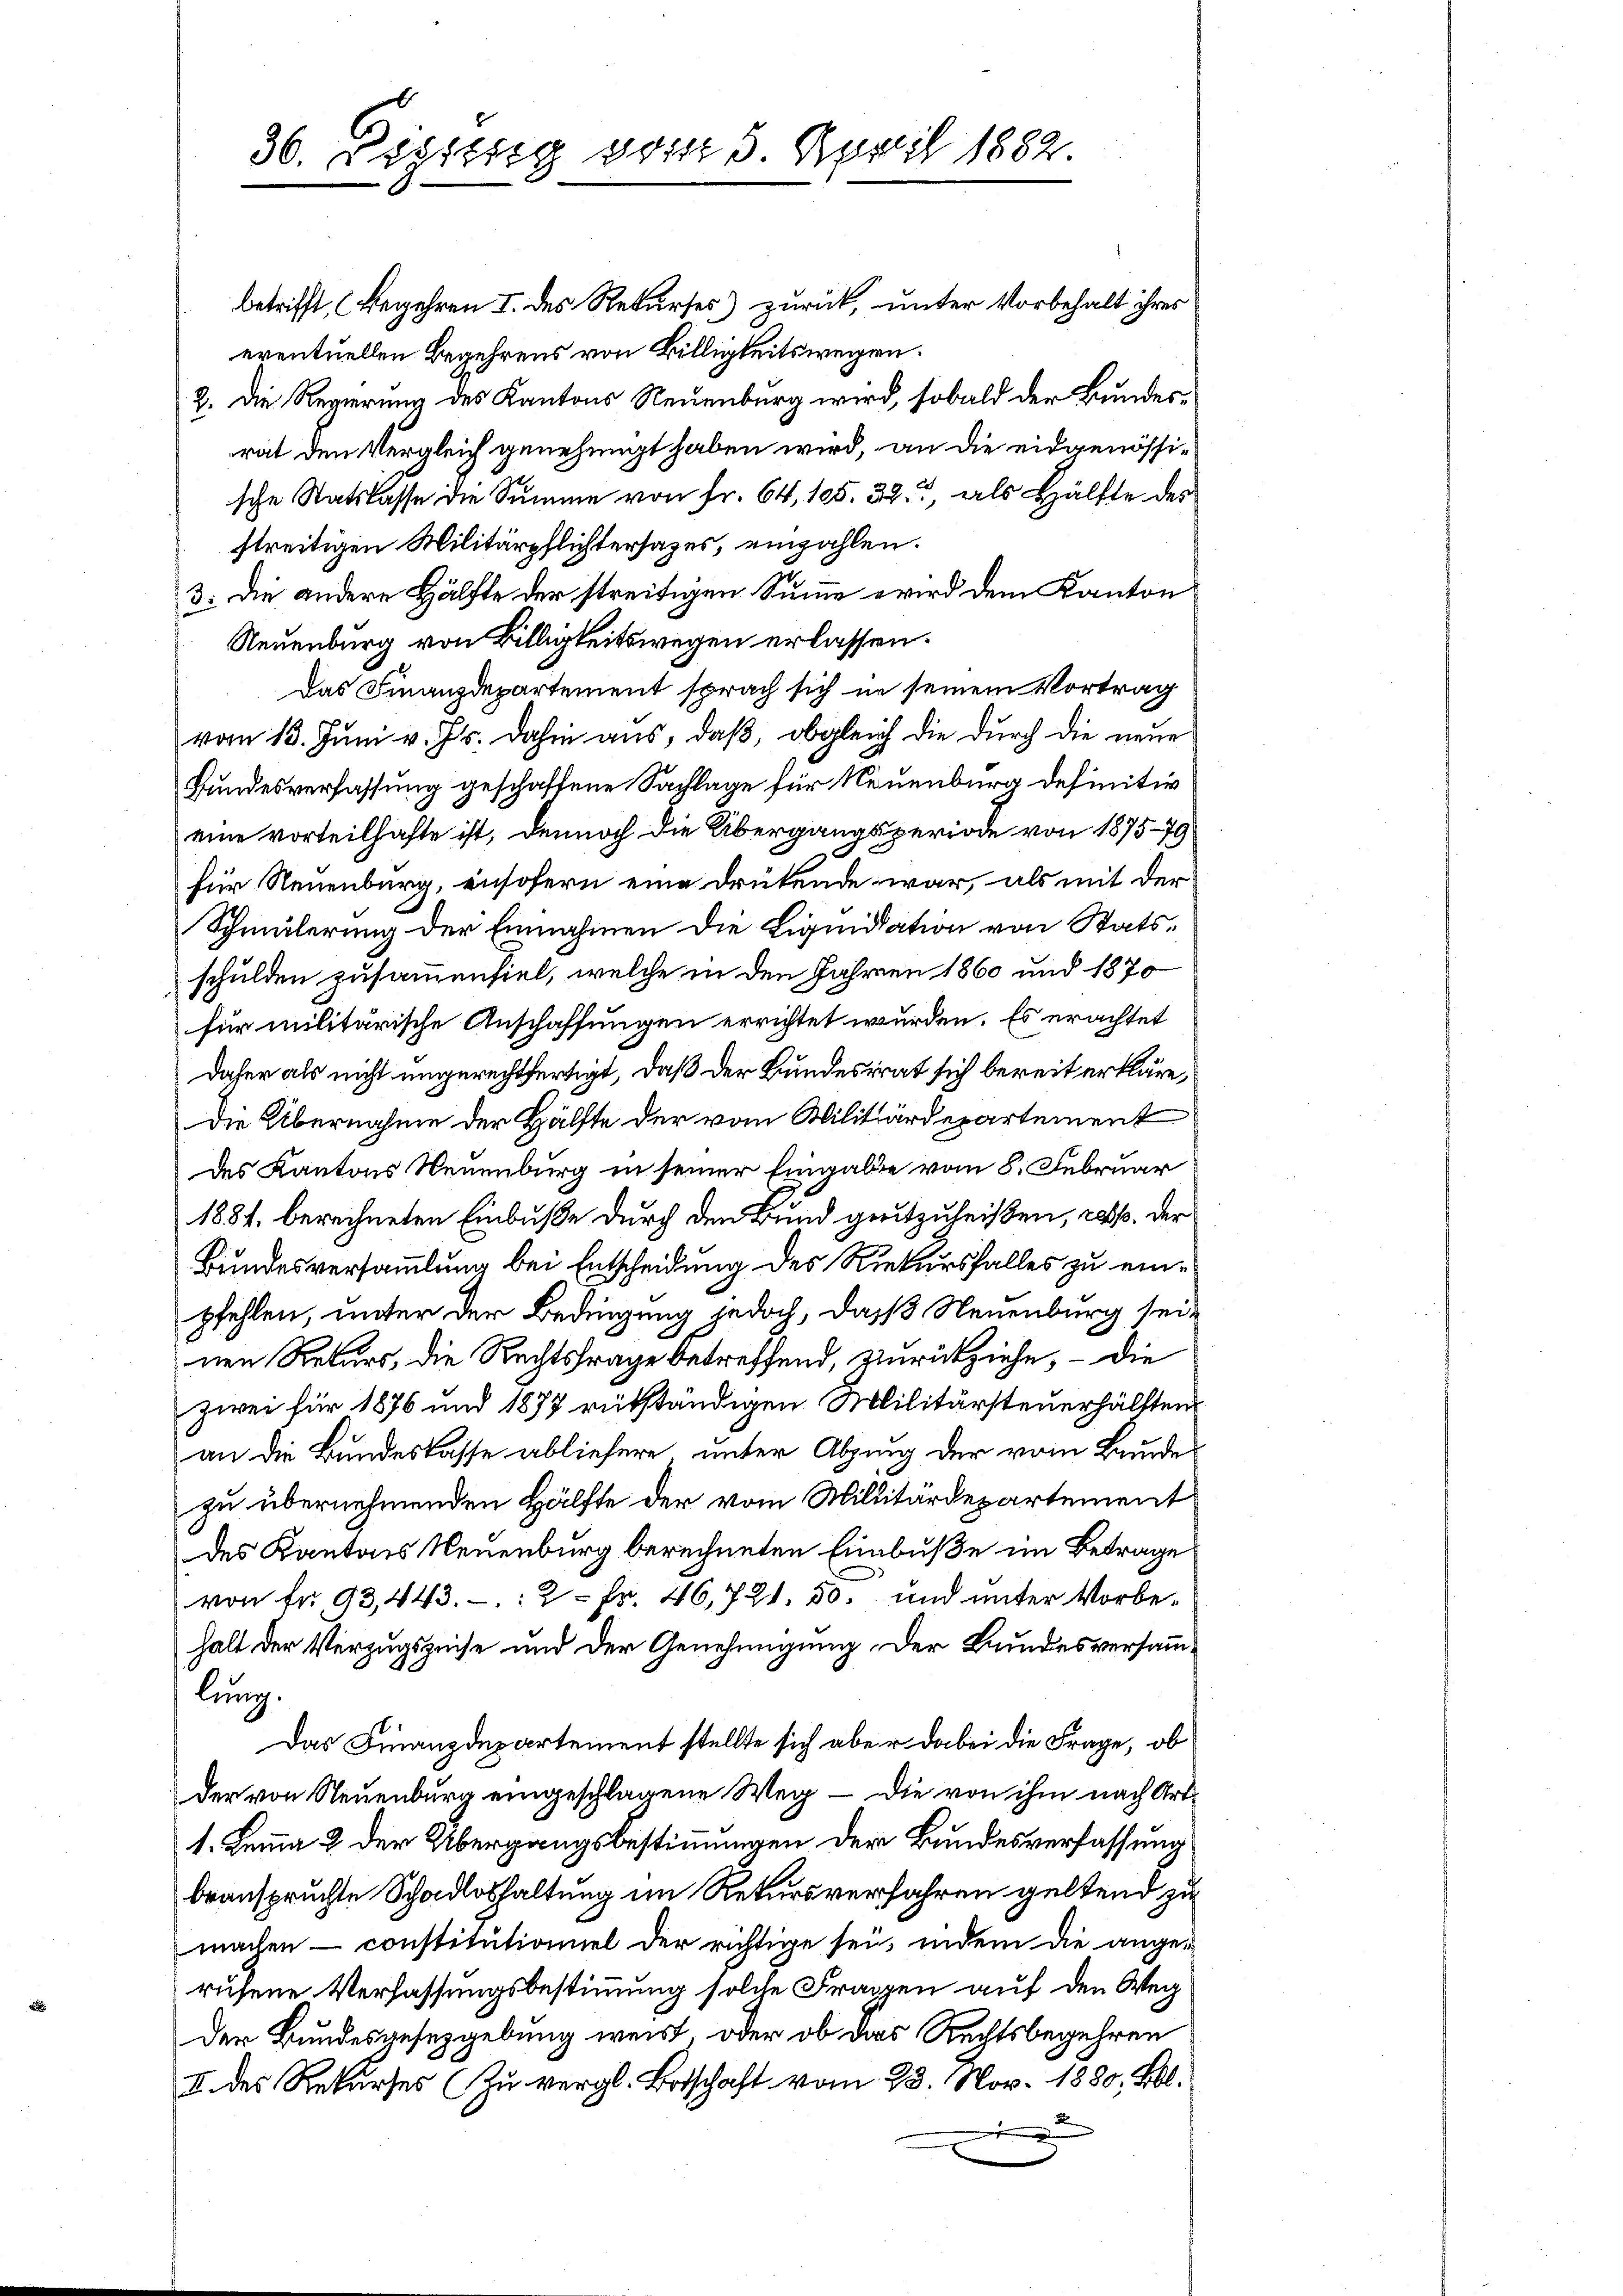
30. Dezizig vom 5. April 1882.

betrifft, Begehren I. des Rekurses) zurück, unter Vorbehalt ihres
eventuellen Begehrens von Billigkeitswegen.
2. Die Regierung des Kantons Neuenburg wird, sobald der Bundesrat den Vergleich genehmigt haben wird, an die eidgenössische Statslasse die Summe von fr. 64, 105. 32., als Hälfte des
streitigen Militärpflichtersazes, einzahlen.
3. Die andere Hälfte der streitigen Summe wird dem Kanton
Neuenburg von Billigkeitswegen erlassen.
Das Finanzdepartement sprach sich in seinem Vortrag
vom 13. Juni v. Js. dahin aus, daß, obgleich die durch die neue
Bundesverfassung geschaffene Sachlage für Neuenburg definitiv
eine vorteilhafte ist, dennoch die Übergangsperiode von 1875-79
für Neuenburg, einsofern eine drükende war, als mit der
Schmälerung der Einnahmen die Liquidation von Statsschulden zusammenfiel, welche in den Jahren 1860 und 1870
für militärische Anschaffungen errichtet wurden. Es erachtet
daher als nicht ungerechtfertigt, daß der Bundesrat sich bereit erkläre,
Die Übernahme der Hälfte der vom Militärdepartement
des Kantons Neuenburg in seiner Eingabe vom 8. Februar
1881, berechneten Einbuße durch den Bund genitzuheißen, resp. der
Bundesversammlung bei Entscheidung des Rekursfalles zu einpfehlen, unter der Bedingung jedoch, daß Neuenburg seit
nen Rekurs, die Rechtsfrage betreffend, zurückziehe, – die
zwei für 1876 und 1877 rükständigen Militärsteuerhälften
an die Bundeslasse abliefere unter Abzung der vom Bunde
zu übernehmenden Hälfte der vom Millitärdepartement
des Kantons Neuenburg berechneten Einbuße im Betrage
von fr. 93, 443.- 2 Fr. 46, 721. 30. und unter Vorbehalt der Verzugszeise und der Genehmigung. Der Bundesversammlung.
Das Finanzdepartement stellte sich aber dabei die Frage, ob
der von Neuenburg eingeschlagene Weg – die von ihm nach Art.
1. Lemma 2 der Übergangsbestimmungen der Bundesverfassung
beanspruchte Schadloshaltung im Rekursverfahren geltend zu
machen - constitutioniel der richtige sei, indem die ange-
rusene Verfassungsbestimmung solche Fragen auf den Weg
Der Bundesgesetzgebung weist, oder ob das Rechtsbegehren
I. des Rekurses (Zu vergl. Botschaft vom 23. Nov. 1880, Bl.
2